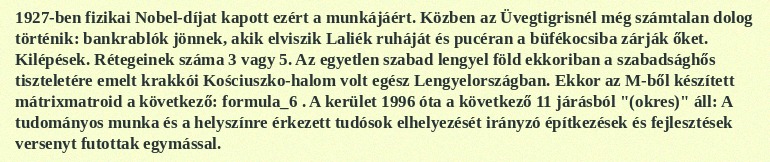
1927-ben fizikai Nobel-díjat kapott ezért a munkájáért. Közben az Üvegtigrisnél még számtalan dolog történik: bankrablók jönnek, akik elviszik Laliék ruháját és pucéran a büfékocsiba zárják őket. Kilépések. Rétegeinek száma 3 vagy 5. Az egyetlen szabad lengyel föld ekkoriban a szabadsághős tiszteletére emelt krakkói Kościuszko-halom volt egész Lengyelországban. Ekkor az M-ből készített mátrixmatroid a következő: formula_6 . A kerület 1996 óta a következő 11 járásból "(okres)" áll: A tudományos munka és a helyszínre érkezett tudósok elhelyezését irányzó építkezések és fejlesztések versenyt futottak egymással.